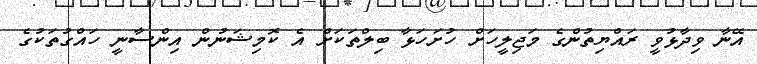
އޭނާ ވިދާޅުވީ ރައްޔިތުންގެ މަޖިލީހަށް ހުށަހަޅާ ބިލްތަކަށް އެ ކޮމިޝަނުން އިންސާނީ ހައްގުތަކުގެ